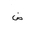
Letter: _dad